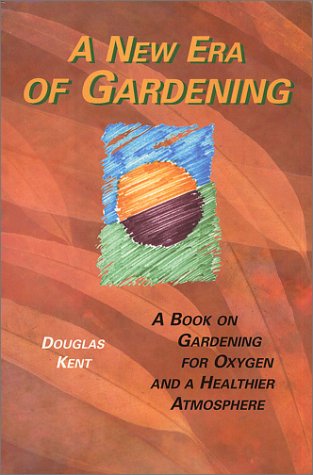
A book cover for A New Era of Gardening; Douglas Kent; Crafts, Hobbies & Home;